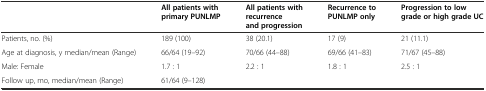
<table><thead><tr><td></td><td><b>All patients with primary PUNLMP</b></td><td><b>All patients with recurrence and progression</b></td><td><b>Recurrence to PUNLMP only</b></td><td><b>Progression to low grade or high grade UC</b></td></tr></thead><tbody><tr><td>Patients, no. (%)</td><td>189 (100)</td><td>38 (20.1)</td><td>17 (9)</td><td>21 (11.1)</td></tr><tr><td>Age at diagnosis, y median/mean (Range)</td><td>66/64 (19–92)</td><td>70/66 (44–88)</td><td>69/66 (41–83)</td><td>71/67 (45–88)</td></tr><tr><td>Male: Female</td><td>1.7 : 1</td><td>2.2 : 1</td><td>1.8 : 1</td><td>2.5 : 1</td></tr><tr><td>Follow up, mo, median/mean (Range)</td><td>61/64 (9–128)</td><td></td><td></td><td></td></tr></tbody></table>